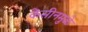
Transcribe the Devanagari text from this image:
केसीनमुळे